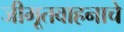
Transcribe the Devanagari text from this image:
जीमूतवाहनाचे